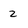
Character: 2